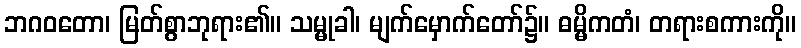
ဘဂဝတော၊ မြတ်စွာဘုရား၏။ သမ္မုခါ၊ မျက်မှောက်တော်၌။ ဓမ္မိကတံ၊ တရားစကားကို။